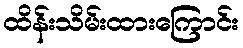
ထိန်းသိမ်းထားကြောင်း